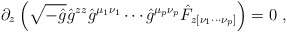
\begin{align*}\partial_z \left( \sqrt{-\hat{g}} \hat{g}^{zz} \hat{g}^{\mu_1 \nu_1} \cdots \hat{g}^{\mu_p \nu_p } \hat{F}_{z [ \nu_1 \cdots \nu_p ] } \right) = 0 ~ , \end{align*}